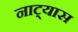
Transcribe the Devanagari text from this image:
नाट्यास